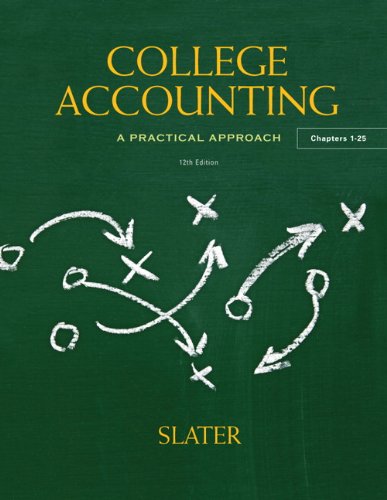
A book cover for College Accounting (12th Edition); Jeffrey Slater; Business & Money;